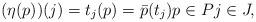
LaTeX: \begin{align*}(\eta( p ))(j) = t_j(p)=\bar{p}(t_j)p\in Pj\in J,\end{align*}